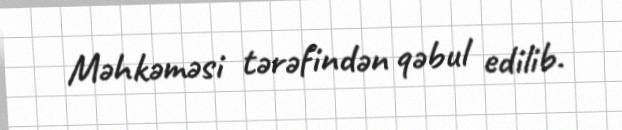
Məhkəməsi tərəfindən qəbul edilib.